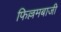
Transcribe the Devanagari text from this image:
फिल्लमबाजी